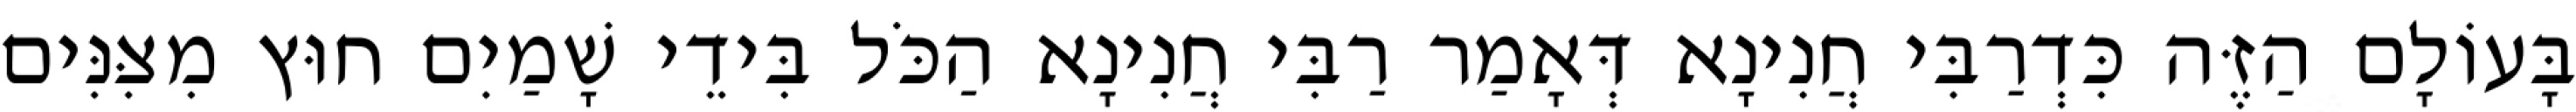
בָּעוֹלָם הַזֶּה כִּדְרַבִּי חֲנִינָא דְּאָמַר רַבִּי חֲנִינָא הַכֹּל בִּידֵי שָׁמַיִם חוּץ מִצִּנִּים